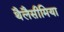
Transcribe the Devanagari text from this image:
थैलैसीमिया